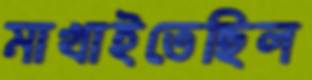
মাখাইতেছিল